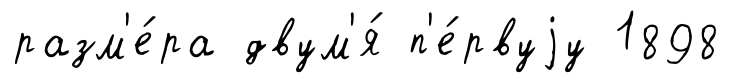
разм'е́ра двум'я́ п'е́рвуjу 1898